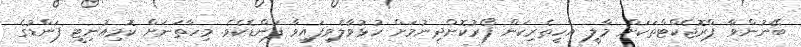
ބޭނުންވާ ޕްރޮޖެކްޓްތަކަށް މާލީ އެހީތެރިކަން ފޯރުކޮށްދިނުމަށް ހުޅުވާލެވިފައިވާ ފަންޑެކެވެ. މިހާތަނަށް ކޮމިއުނިޓީ ފަންޑުގެ